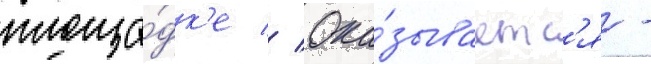
площа́дк'е // Ока́зываетс'я -